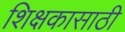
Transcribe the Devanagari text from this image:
शिक्षकासाठी